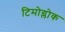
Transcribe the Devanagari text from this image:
टिमोग्लोक